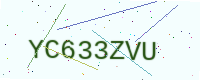
Text: YC633ZVU